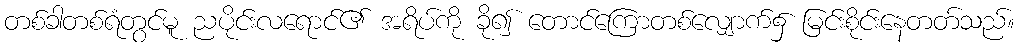
တစ်ခါတစ်ရံတွင်မူ ညပိုင်းလရောင်၏ အရိပ်ကို ခို၍ တောင်ကြောတစ်လျှောက်၌ မြင်းစိုင်းနေတတ်သည်။